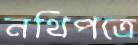
নথিপত্রে